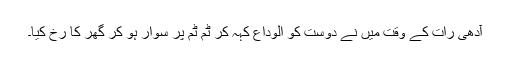
آدھی رات کے وقت میں نے دوست کو الوداع کہہ کر ٹم ٹم پر سوار ہو کر گھر کا رُخ کیا۔